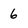
Character: 6